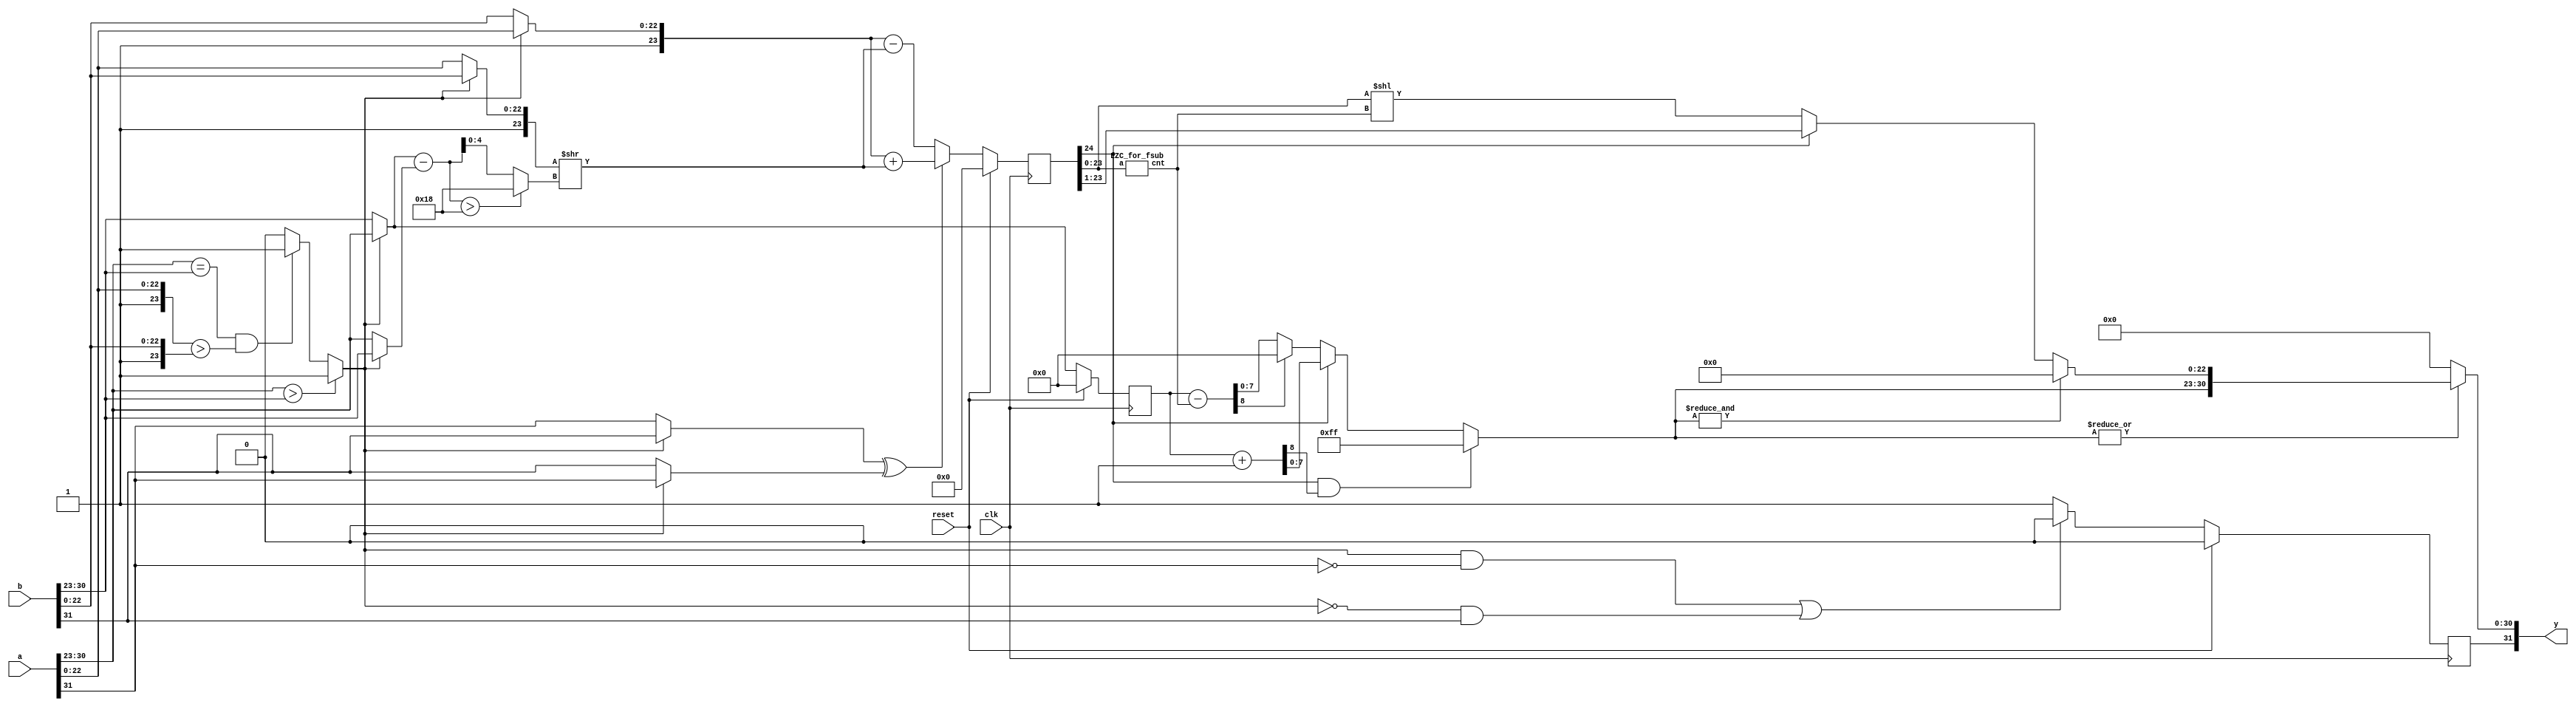
`timescale 1ns / 1ps
//////////////////////////////////////////////////////////////////////////////////
// Company: 
// Engineer: 
// 
// Design Name: 
// Module Name: fsub
// Project Name: 
// Target Devices: 
// Tool Versions: 
// Description: 
// 
// Dependencies: 
// 
// Revision:
// Revision 1.01
// Additional Comments:
// 
//////////////////////////////////////////////////////////////////////////////////
module fsub_200(
    input wire clk, reset,
    input wire [31:0] a,
    input wire [31:0] b,
    output wire [31:0] y//,
    //output wire ovf
    );
    wire a_s = a[31];
    wire [7:0] a_e = a[30:23];
    wire [23:0] a_m = {1'b1,a[22:0]};
    wire b_s = b[31];
    wire [7:0] b_e = b[30:23];
    wire [23:0] b_m = {1'b1,b[22:0]};
    
    wire larger = (a_e > b_e) ? 1 : ((a_e == b_e) &&(a_m > b_m)) ? 1 : 0;
    
    wire l_s = larger ? a_s : b_s;
    wire s_s = larger ? b_s : a_s;
    wire [7:0] l_e = larger ? a_e : b_e;
    wire [7:0] s_e = larger ? b_e : a_e;
    wire [23:0] l_m = larger ? a_m : b_m;
    wire [23:0] s_m = larger ? b_m : a_m;
    
    wire [7:0] diff = l_e - s_e;
    wire [4:0] diff_e = diff > 5'd24 ? 5'd24 : diff;
    wire [23:0] s_m_shift = s_m >> diff_e;
    wire [24:0] m_raw = (s_s ^ l_s) ? l_m + s_m_shift : l_m - s_m_shift;
    
    reg l_s_2;
    reg [7:0] l_e_2;
    reg [24:0] m_raw_2;
    
    wire m25 = m_raw_2[24];
    
    wire [4:0] shift_m;
    LZC_for_fsub lzc(m_raw_2[23:0], shift_m);
    wire [47:0] m_shift = m_raw_2[23:0] << shift_m;
    
    wire [22:0] m = 
    m25 ? m_raw_2[23:1] :
    m_shift[22:0] ;
    
    wire [8:0] e_shift = l_e_2 - shift_m;
    wire [8:0] e_inc = l_e_2 + 1;
    wire [7:0] e = 
    (m25 && e_inc[8]) ? 8'b11111111 :
    m25 ? e_inc[7:0] :
    e_shift[8] ? 0 :
    e_shift[7:0];
    
    wire s = ((larger && ~a_s) || (~larger && b_s)) ? 0 : 1; 
    
    reg s2;
    
    assign y = 
    ~(|e) ? {s2, 31'b0} :
    &e ? {s2, e, 23'b0} :
    {s2, e, m};
    
    always @(posedge clk) begin
        if (reset) begin
            s2 <= 0;
            m_raw_2 <= 0;
            l_e_2 <= 0;
        end else begin
            s2 <= s;
            m_raw_2 <= m_raw;
            l_e_2 <= l_e;
        end
    end
    
    //assign ovf = ~(&a_e) && ~(&b_e) && (&e) ? 1 : 0;
endmodule

module LZC_for_fsub(
    input wire [23:0] a,
    output wire [4:0] cnt
    );
    assign cnt =
    a[23] ? 0 :
    a[22] ? 1 :
    a[21] ? 2 :
    a[20] ? 3 :
    a[19] ? 4 :
    a[18] ? 5 :
    a[17] ? 6 :
    a[16] ? 7 :
    a[15] ? 8 :
    a[14] ? 9 :
    a[13] ? 10:
    a[12] ? 11 :
    a[11] ? 12 :
    a[10] ? 13 :
    a[9] ? 14 :
    a[8] ? 15 :
    a[7] ? 16 :
    a[6] ? 17 :
    a[5] ? 18 :
    a[4] ? 19 :
    a[3] ? 20 :
    a[2] ? 21 :
    a[1] ? 22 :
    a[0] ? 23 :
    24;
endmodule
`default_nettype wire